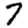
Digit: 7